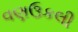
વણઉકલી